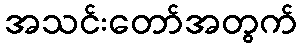
အသင်းတော်အတွက်